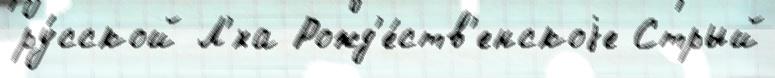
ру́сской Л'́ха Рожд'е́ств'енскоjе Стрый